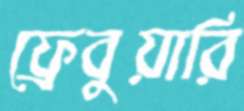
ফ্রেবুয়ারি